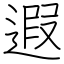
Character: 遐